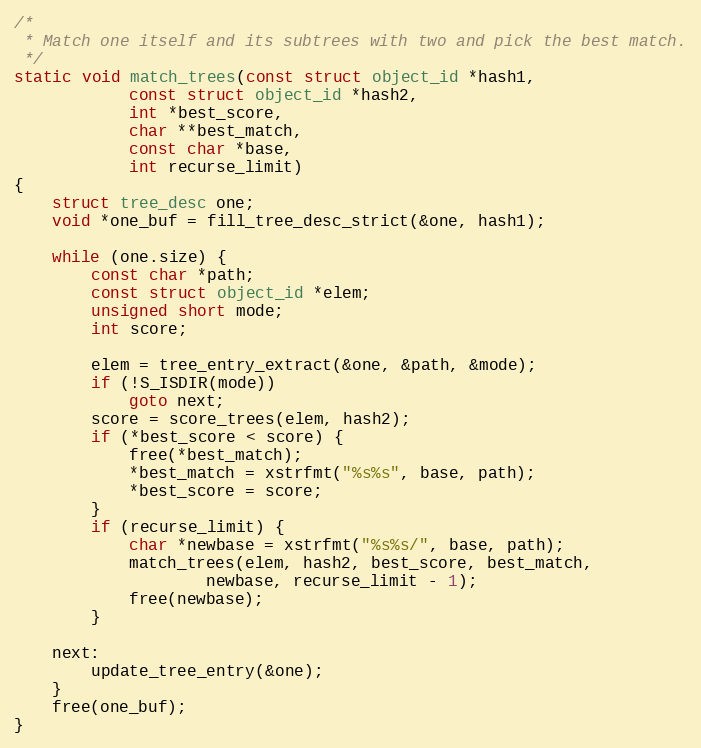
Language: C
/*
 * Match one itself and its subtrees with two and pick the best match.
 */
static void match_trees(const struct object_id *hash1,
			const struct object_id *hash2,
			int *best_score,
			char **best_match,
			const char *base,
			int recurse_limit)
{
	struct tree_desc one;
	void *one_buf = fill_tree_desc_strict(&one, hash1);

	while (one.size) {
		const char *path;
		const struct object_id *elem;
		unsigned short mode;
		int score;

		elem = tree_entry_extract(&one, &path, &mode);
		if (!S_ISDIR(mode))
			goto next;
		score = score_trees(elem, hash2);
		if (*best_score < score) {
			free(*best_match);
			*best_match = xstrfmt("%s%s", base, path);
			*best_score = score;
		}
		if (recurse_limit) {
			char *newbase = xstrfmt("%s%s/", base, path);
			match_trees(elem, hash2, best_score, best_match,
				    newbase, recurse_limit - 1);
			free(newbase);
		}

	next:
		update_tree_entry(&one);
	}
	free(one_buf);
}